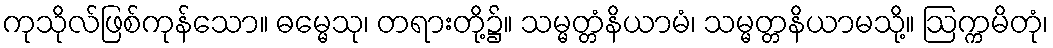
ကုသိုလ်ဖြစ်ကုန်သော။ ဓမ္မေသု၊ တရားတို့၌။ သမ္မတ္တံနိယာမံ၊ သမ္မတ္တနိယာမသို့။ ဩက္ကမိတုံ၊